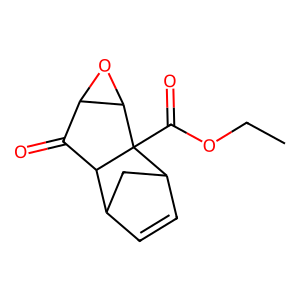
SMILES: CCOC(=O)C12C3C=CC(C3)C1C(=O)C1OC12
Inhibits HIV replication: No